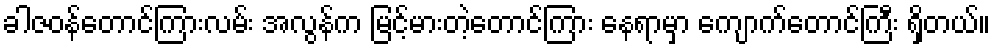
ခါဇဝန်တောင်ကြားလမ်း အလွန်က မြင့်မားတဲ့တောင်ကြား နေရာမှာ ကျောက်တောင်ကြီး ရှိတယ်။